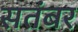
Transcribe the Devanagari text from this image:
सतंबर